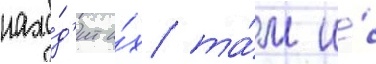
нахо́д'ит и́х та́м и́